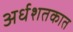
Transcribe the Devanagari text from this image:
अर्धशतकात